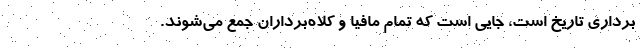
برداری تاریخ است، جایی است که تمام مافیا و کلاه‌برداران جمع می‌شوند.